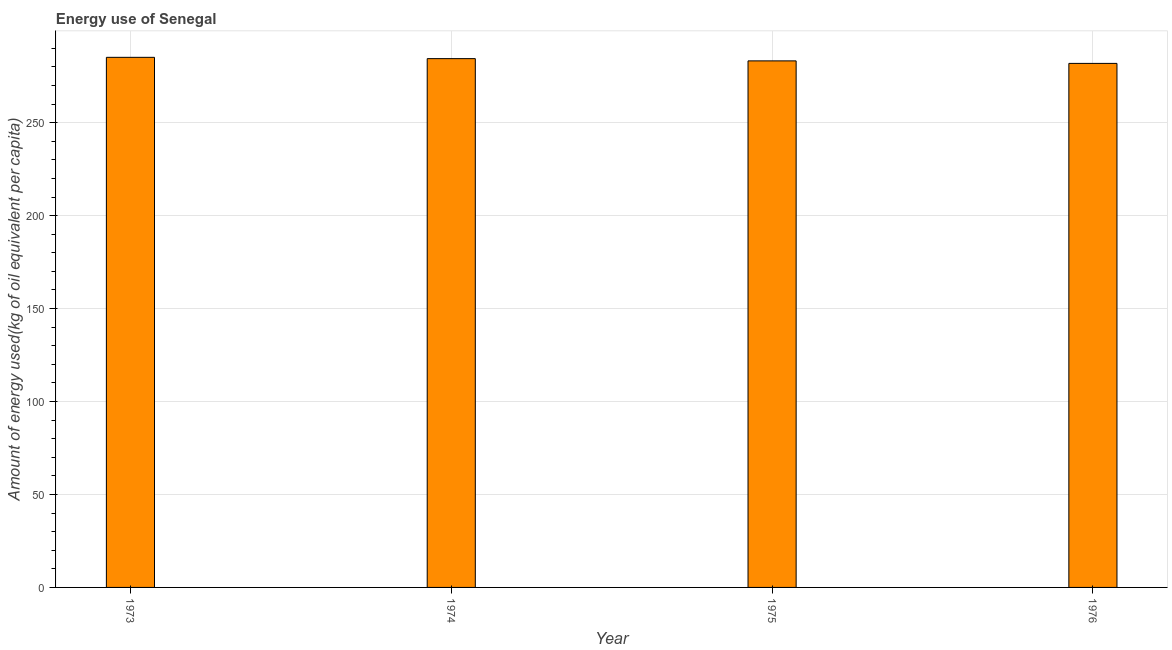
| Year | Energy use  |
 | --- | --- |
 | 1973 | 285 |
 | 1974 | 284 |
 | 1975 | 283 |
 | 1976 | 282 |